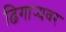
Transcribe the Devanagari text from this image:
ढिगार्‍यवर